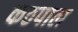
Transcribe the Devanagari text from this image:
कठपाल